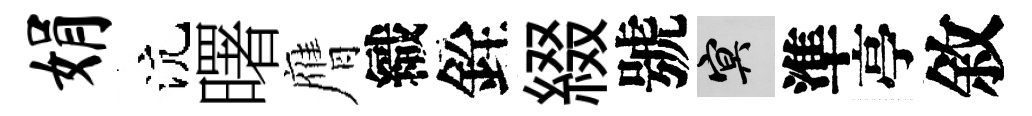
娟沆曙膺織銓綴號冥準亭敘